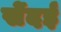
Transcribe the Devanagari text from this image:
सेंदई